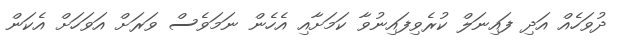
ދުވަހެއް އަދި ފައިނަލް ކުރެވިފައިނުވާ ކަމަށާއި އެހެން ނަމަވެސް ވަރަށް އަވަހަށް އެކަން